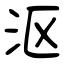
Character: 沤